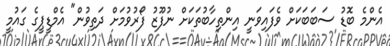
އެންމެ ބޮޑު ސަބަބަކަށް ވެފައިވަނީ އިންތިހާބުތަކަށް ނުފޫޒު ފޯރުވުމަށް ދަތިވުން" އެމްޑީޕީގެ ގައުމީ